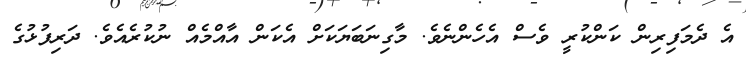
އެ ދެމަފިރިން ކަންކުރީ ވެސް އެހެންނެވެ. މާގިނަބަޔަކަށް އެކަން އާއްމެއް ނުކުރެއެވެ. ދަރިފުޅުގެ